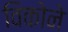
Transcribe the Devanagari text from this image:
विकोने